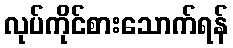
လုပ်ကိုင်စားသောက်ရန်